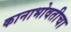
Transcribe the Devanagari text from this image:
कानाभोवतीचा